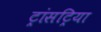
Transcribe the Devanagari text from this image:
ट्रांसट्रिया